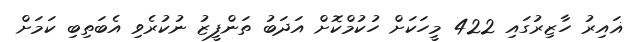
ޣައިރު ހާޒިރުގައި 422 މީހަކަށް ހުކުމްކޮށް އަދަބު ތަންފީޒު ނުކުރެވި އެބަތިބި ކަމަށް